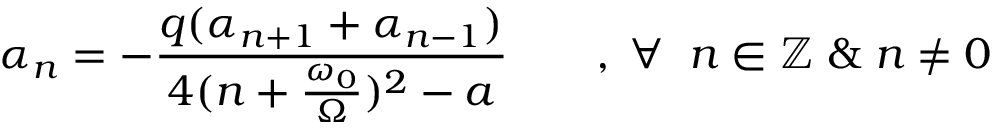
\alpha _ { n } = - \frac { q ( \alpha _ { n + 1 } + \alpha _ { n - 1 } ) } { 4 ( n + \frac { \omega _ { 0 } } { \Omega } ) ^ { 2 } - a } \qquad , \; \forall \; \; n \in \mathbb { Z } \; \& \; n \neq 0